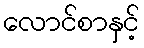
လောင်စာနှင့်